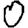
Digit: 0